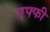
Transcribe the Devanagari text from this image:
एफ्फी